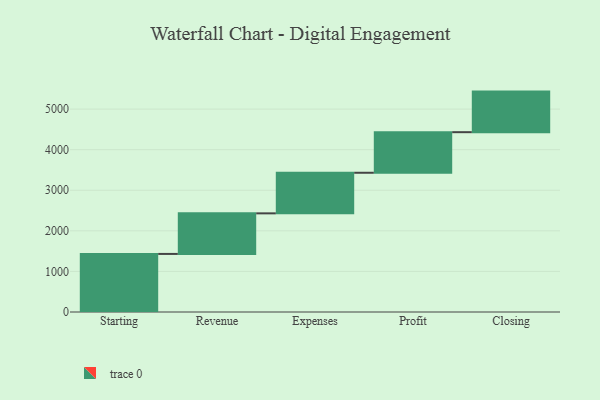
{"axis": {"x": "Step", "y": "Value"}, "legend": [""], "data": [{"x": "Starting", "y": 1431.0, "type": ""}, {"x": "Revenue", "y": 1000, "type": ""}, {"x": "Expenses", "y": 1000, "type": ""}, {"x": "Profit", "y": 1000, "type": ""}, {"x": "Closing", "y": 1000, "type": ""}]}